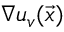
\nabla u _ { v } ( \vec { x } )